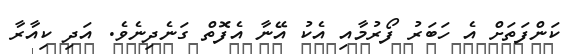
ކަންފަތަށް އެ ހަބަރު ފޯރުމާއި އެކު އޭނާ އެފޮތް ގަނެދިނެވެ. އަދި ކިއާރާ